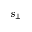
s _ { \perp }